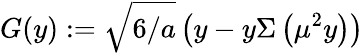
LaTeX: G(y):=\sqrt{6/a}\left(y-y\Sigma\left(\mu^{2}y\right)\right)